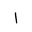
Letter: _alif